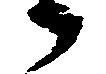
々